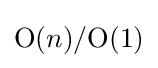
\mathrm {O} (n)/\mathrm {O} (1)